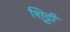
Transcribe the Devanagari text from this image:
शि्ट्टी